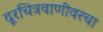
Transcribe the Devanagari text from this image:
दूरचित्रवाणीवरचा